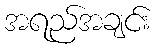
အရည်အချင်း